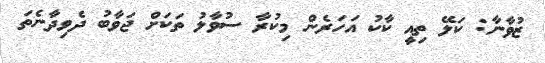
ޒުވާނާ: ކަލޭ ތިއީ ކާކު އަހަރެން މިކުރާ ސުވާލު ތަކަށް ޖަވާބު ދެވިދާނެތަ